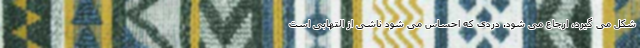
شکل می گیرد، ارجاع می شود. دردی که احساس می شود ناشی از التهابی است